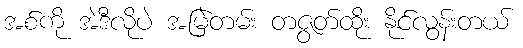
အစ်ကို အဲဒီလိုပဲ အမြဲတမ်း တဇွတ်ထိုး နိုင်လွန်းတယ်